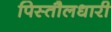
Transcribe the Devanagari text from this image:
पिस्तौलधारी